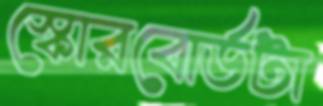
স্কোরবোর্ডটা